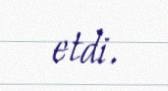
etdi.